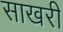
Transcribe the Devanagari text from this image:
साखरी